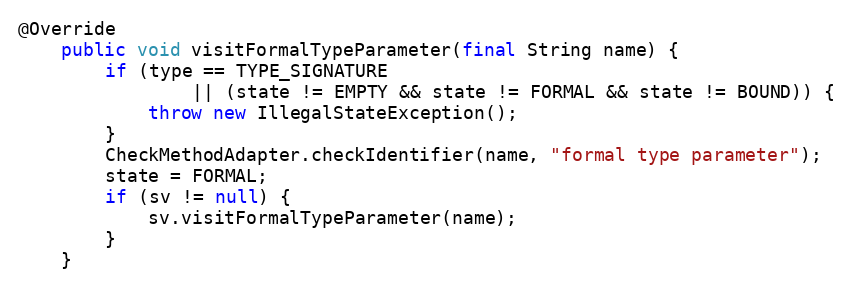
Language: Java
@Override
    public void visitFormalTypeParameter(final String name) {
        if (type == TYPE_SIGNATURE
                || (state != EMPTY && state != FORMAL && state != BOUND)) {
            throw new IllegalStateException();
        }
        CheckMethodAdapter.checkIdentifier(name, "formal type parameter");
        state = FORMAL;
        if (sv != null) {
            sv.visitFormalTypeParameter(name);
        }
    }